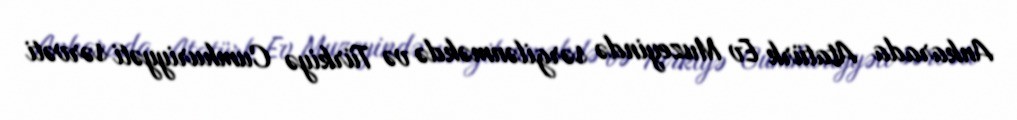
Ankarada Atatürk Ev Muzeyində sərgilənməkdə və Türkiyə Cumhuriyyəti sərvəti